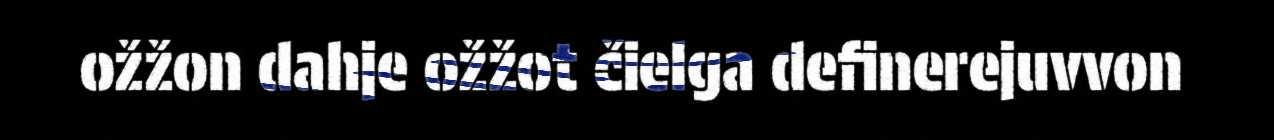
ožžon dahje ožžot čielga definerejuvvon